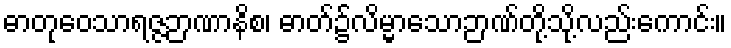
ဓာတုဝေသာရဇ္ဇဉာဏာနိစ၊ ဓာတ်၌လိမ္မာသောဉာဏ်တို့သို့လည်းကောင်း။